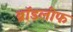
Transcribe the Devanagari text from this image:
ब्रॉडलीफ